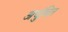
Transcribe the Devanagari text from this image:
अचुंबित